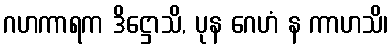
ဂဟကာရက ဒိဋ္ဌောသိ, ပုန ဂေဟံ န ကာဟသိ၊